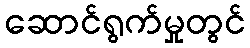
ဆောင်ရွက်မှုတွင်